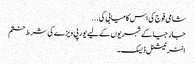
شامی فوج کی اس کامیابی کی ...
جارجیا کے شہریوں کے لیے یورپی ویزے کی شرط ختم
انٹر نیشنل ڈیسک۔